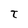
Character: T